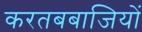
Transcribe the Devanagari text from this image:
करतबबाजियों